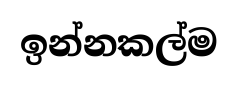
ඉන්නකල්ම